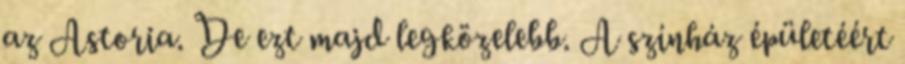
az Astoria. De ezt majd legközelebb. A színház épületéért